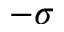
- \sigma